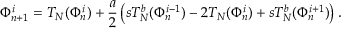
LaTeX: \Phi _ { n + 1 } ^ { i } = T _ { N } ( \Phi _ { n } ^ { i } ) + \frac { a } { 2 } \left( s T _ { N } ^ { b } ( \Phi _ { n } ^ { i - 1 } ) - 2 T _ { N } ( \Phi _ { n } ^ { i } ) + s T _ { N } ^ { b } ( \Phi _ { n } ^ { i + 1 } ) \right) .